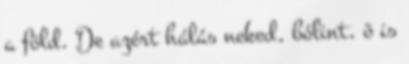
a föld. De azért hálás neked, bólint, õ is